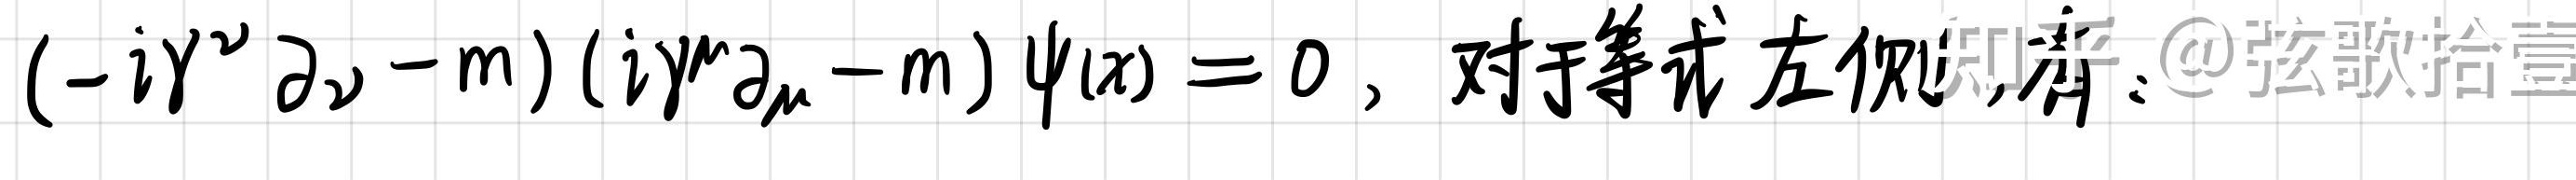
$(-i\gamma^{\nu}\partial_{\nu}-m)(i\gamma^{\mu}\partial_{\mu}-m)\psi(x)=0$，对于等式左侧展开：